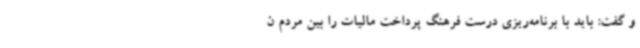
و گفت: باید با برنامه‌ریزی درست فرهنگ پرداخت مالیات را بین مردم ن